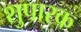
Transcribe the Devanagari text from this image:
शुपारक